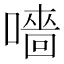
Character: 𡀁